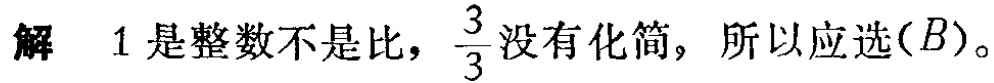
解 1 是整数不是比，$\frac{3}{3}$没有化简，所以应选$(B)$。